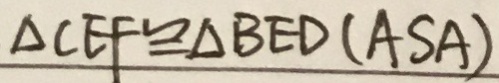
\Delta C E F \cong \Delta B E D ( A S A )